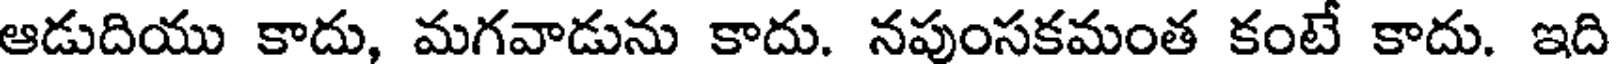
ఆడుదియు కాదు, మగవాడును కాదు. నపుంసకమంత కంటే కాదు. ఇది